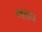
ભરાવ